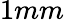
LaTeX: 1mm